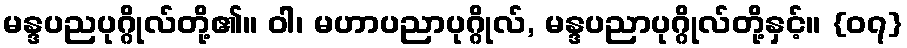
မန္ဒပညပုဂ္ဂိုလ်တို့၏။ ဝါ၊ မဟာပညာပုဂ္ဂိုလ်, မန္ဒပညာပုဂ္ဂိုလ်တို့နှင့်။ {၀၇}